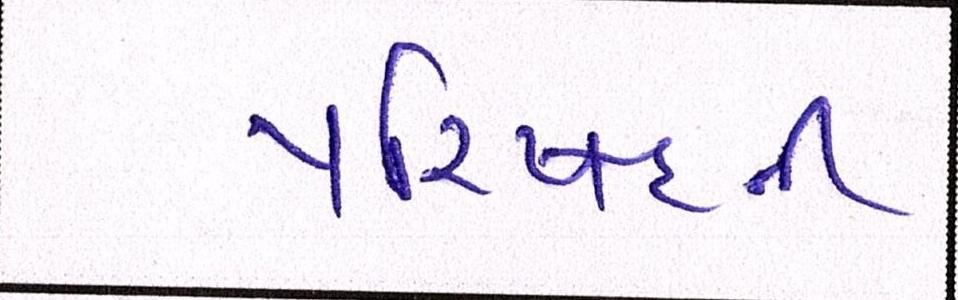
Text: પરિષદની